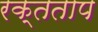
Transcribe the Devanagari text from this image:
रक्तताप